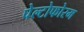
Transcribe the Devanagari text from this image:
पेल्टोफोरम